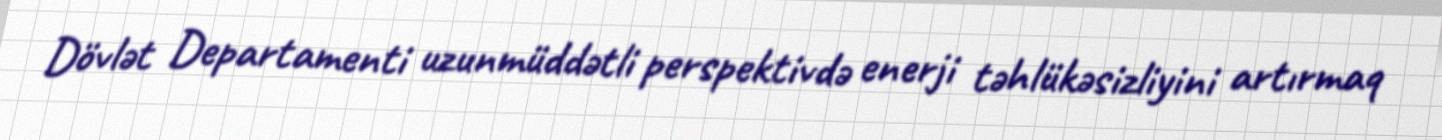
Dövlət Departamenti uzunmüddətli perspektivdə enerji təhlükəsizliyini artırmaq